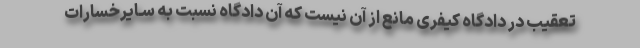
تعقیب در دادگاه کیفری مانع از آن نیست که آن دادگاه نسبت به سـایرخسارات